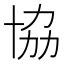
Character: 協